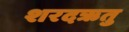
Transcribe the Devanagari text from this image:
शरदऋतु